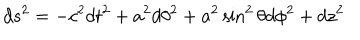
d s ^ { 2 } = - c ^ { 2 } d t ^ { 2 } + a ^ { 2 } d \theta ^ { 2 } + a ^ { 2 } \sin ^ { 2 } \theta d \phi ^ { 2 } + d z ^ { 2 }